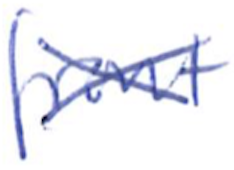
Text: front
Cross-out: mix
Writing tool: ballpoint